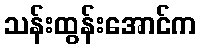
သန်းထွန်းအောင်က